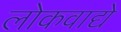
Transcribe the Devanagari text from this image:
लोकवाद्ये